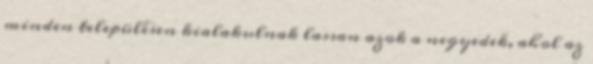
minden településen kialakulnak lassan azok a negyedek, ahol az